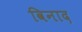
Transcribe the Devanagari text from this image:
विनाद